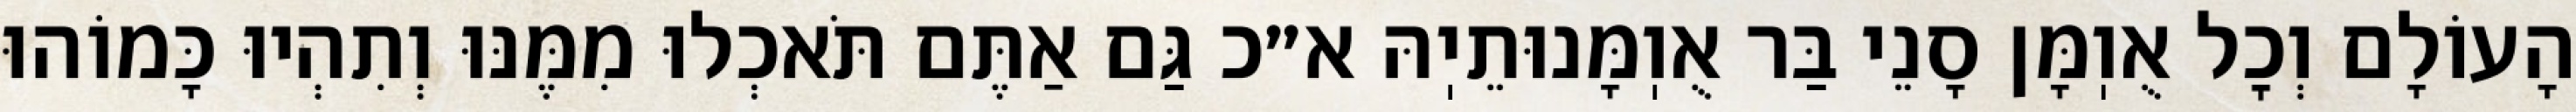
הָעוֹלָם וְכׇל אֻוֽמָּן סָנֵי בַּר אֻוֽמָּנוּתֵיֽהּ א״כ גַּם אַתֶּם תֹּאכְלוּ מִמֶּנּוּ וְתִהְיוּ כָּמוֹהוּ